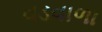
વડવાળા